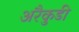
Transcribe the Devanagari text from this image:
अरैकुडी